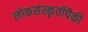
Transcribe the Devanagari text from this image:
लोकसंस्कृतीपैकी